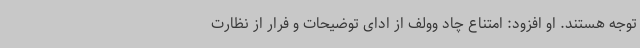
توجه هستند. او افزود: امتناع چاد وولف از ادای توضیحات و فرار از نظارت